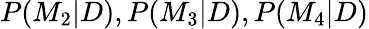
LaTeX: P(M_{2}|D),P(M_{3}|D),P(M_{4}|D)